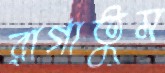
রাগাতুম